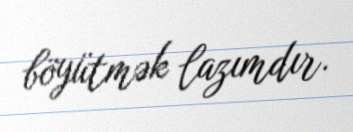
böyütmək lazımdır.